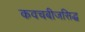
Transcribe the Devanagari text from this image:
कवचबीजसिद्ध